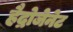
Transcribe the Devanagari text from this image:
हैद्रोजेनेट